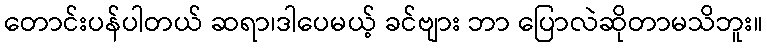
တောင်းပန်ပါတယ် ဆရာ၊ဒါပေမယ့် ခင်ဗျား ဘာ ပြောလဲဆိုတာမသိဘူး။